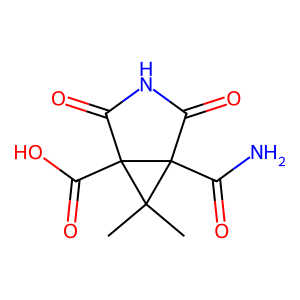
SMILES: CC1(C)C2(C(N)=O)C(=O)NC(=O)C12C(=O)O
Inhibits HIV replication: No